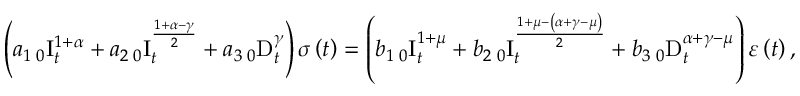
\left( a _ { 1 } \, _ { 0 } \mathrm { I } _ { t } ^ { 1 + \alpha } + a _ { 2 } \, _ { 0 } \mathrm { I } _ { t } ^ { \frac { 1 + \alpha - \gamma } { 2 } } + a _ { 3 } \, _ { 0 } \mathrm { D } _ { t } ^ { \gamma } \right) \sigma \left( t \right) = \left( b _ { 1 } \, _ { 0 } \mathrm { I } _ { t } ^ { 1 + \mu } + b _ { 2 } \, _ { 0 } \mathrm { I } _ { t } ^ { \frac { 1 + \mu - \left( \alpha + \gamma - \mu \right) } { 2 } } + b _ { 3 } \, _ { 0 } \mathrm { D } _ { t } ^ { \alpha + \gamma - \mu } \right) \varepsilon \left( t \right) ,